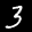
Label: 3